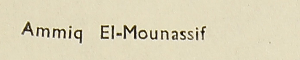
Ammiq El-Mounassif